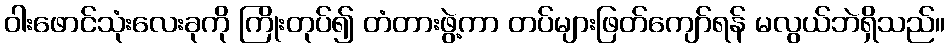
ဝါးဖောင်သုံးလေးခုကို ကြိုးတုပ်၍ တံတားဖွဲ့ကာ တပ်များဖြတ်ကျော်ရန် မလွယ်ဘဲရှိသည်။